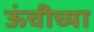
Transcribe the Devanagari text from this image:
ऊंचीच्या